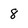
Character: 8